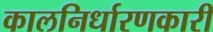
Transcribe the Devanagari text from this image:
कालनिर्धारणकारी